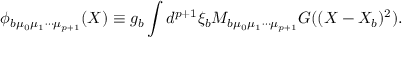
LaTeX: \phi _ { b \mu _ { 0 } \mu _ { 1 } \cdots \mu _ { p + 1 } } ( X ) \equiv g _ { b } \int d ^ { p + 1 } \xi _ { b } M _ { b \mu _ { 0 } \mu _ { 1 } \cdots \mu _ { p + 1 } } G ( ( X - X _ { b } ) ^ { 2 } ) .